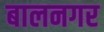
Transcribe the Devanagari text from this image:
बालनगर